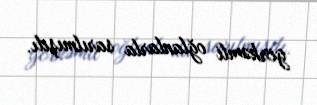
görkəmli oğlanlarla sarılmışdı.